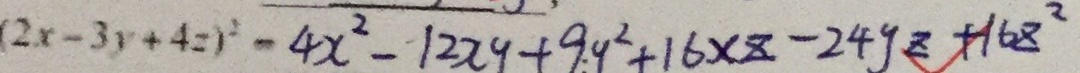
( 2 x - 3 y + 4 2 ) ^ { 2 } - 4 x ^ { 2 } - 1 2 x y + 9 y ^ { 2 } + 1 6 \times z - 2 4 y z + 1 6 z ^ { 2 }